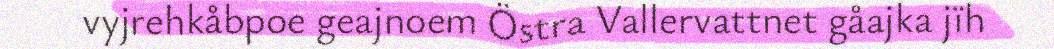
vyjrehkåbpoe geajnoem Östra Vallervattnet gåajka jïh